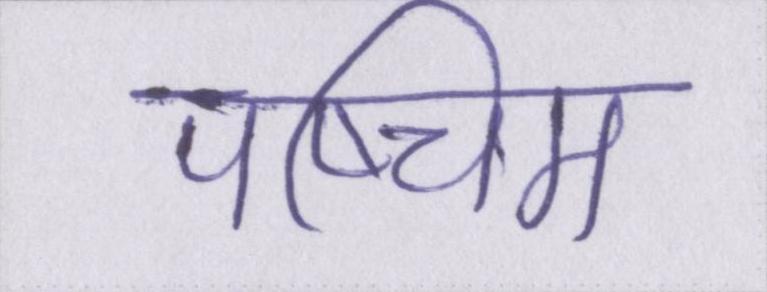
पष्चिम